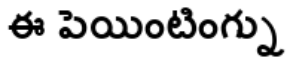
ఈ పెయింటింగ్ను